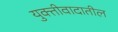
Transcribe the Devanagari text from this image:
युक्तीवादातील